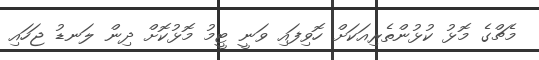
މެޗްގެ މޮޅު ކުޅުންތެރިއަކަށް ހޮވިފައި ވަނީ ޓީމު މޮޅުކޮށް ދިން ލަނޑު ޖަހައި